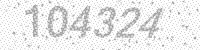
Solution: 104324